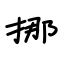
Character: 挪